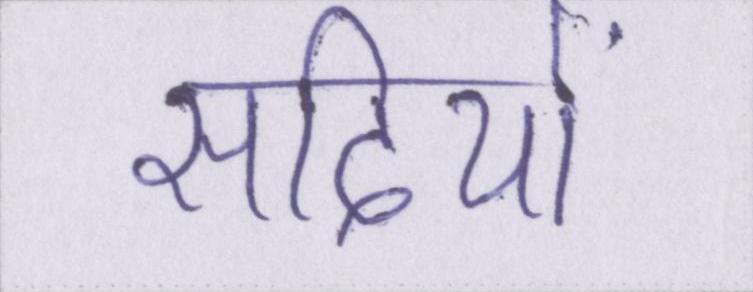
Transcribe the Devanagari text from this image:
सदियों